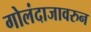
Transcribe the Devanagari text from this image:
गोलंदाजावरुन